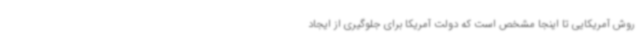
روش آمریکایی تا اینجا مشخص است که دولت آمریکا برای جلوگیری از ایجاد